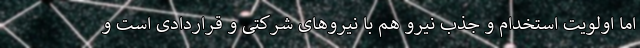
اما اولویت استخدام و جذب نیرو هم با نیروهای شرکتی و قراردادی است و